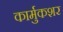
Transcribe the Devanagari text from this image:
कार्मुकशर